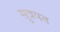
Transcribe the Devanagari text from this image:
सुत्रपत